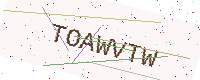
Text: TOAWVTW